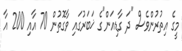
މީގެ އިތުރުންވެސް "ދަ ގާޑިއަން"ގެ ޚަބަރުގައި ވާގޮތުން 70 އާއި 200 އާ